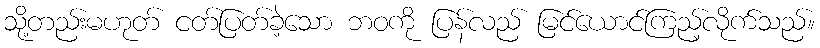
သို့တည်းမဟုတ် ငတ်ပြတ်ခဲ့သော ဘဝကို ပြန်လည် မြင်ယောင်ကြည့်လိုက်သည်။